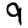
Digit: 9